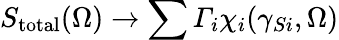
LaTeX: S_{\mathrm{total}}(\Omega)\rightarrow\sum{\varGamma_{i}\chi_{i}(\gamma_{Si},\Omega)}